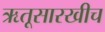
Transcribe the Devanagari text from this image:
ऋतूसारखीच